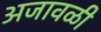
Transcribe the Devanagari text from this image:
अजावळी